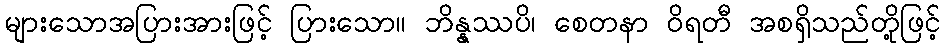
များသောအပြားအားဖြင့် ပြားသော။ ဘိန္နဿပိ၊ စေတနာ ဝိရတီ အစရှိသည်တို့ဖြင့်